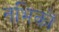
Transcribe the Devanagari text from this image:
नभिकों